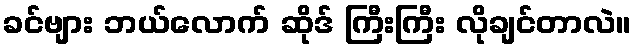
ခင်ဗျား ဘယ်လောက် ဆိုဒ် ကြီးကြီး လိုချင်တာလဲ။